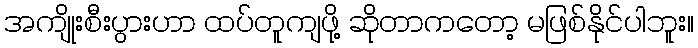
အကျိုးစီးပွားဟာ ထပ်တူကျဖို့ ဆိုတာကတော့ မဖြစ်နိုင်ပါဘူး။